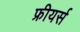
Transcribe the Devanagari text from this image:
फ्रीयर्स